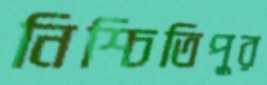
নিশ্চিতিপুর